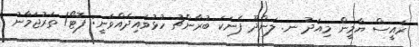
ރައީސް ޔާމީން މިއަދު ނ. ލަންދޫ ފެނަކަ ބުރާންޗު ހުޅުވައިދެއްވަނީ: ފޮޓޯ/ ތަރުޖަމާނު